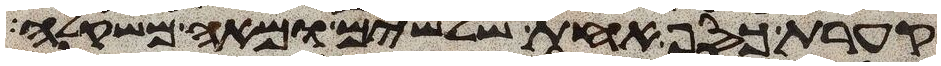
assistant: קערת כסף אחת שלשים ומאה משקלה